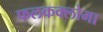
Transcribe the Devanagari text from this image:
फलकक्लोमा